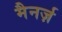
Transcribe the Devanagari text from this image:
मैनर्ज़